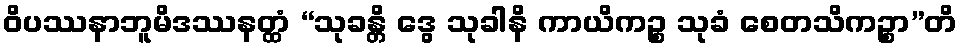
ဝိပဿနာဘူမိဒဿနတ္ထံ “သုခန္တိ ဒွေ သုခါနိ ကာယိကဉ္စ သုခံ စေတသိကဉ္စာ”တိ